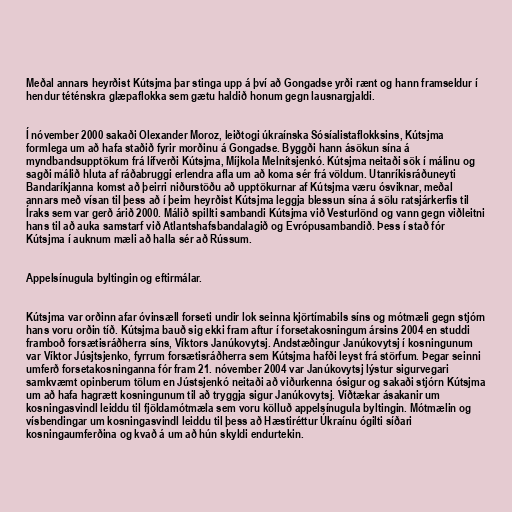
Meðal annars heyrðist Kútsjma þar stinga upp á því að Gongadse yrði rænt og hann framseldur í
hendur téténskra glæpaflokka sem gætu haldið honum gegn lausnargjaldi.

Í nóvember 2000 sakaði Olexander Moroz, leiðtogi úkraínska Sósíalistaflokksins, Kútsjma
formlega um að hafa staðið fyrir morðinu á Gongadse. Byggði hann ásökun sína á
myndbandsupptökum frá lífverði Kútsjma, Míjkola Melnítsjenkó. Kútsjma neitaði sök í málinu og
sagði málið hluta af ráðabruggi erlendra afla um að koma sér frá völdum. Utanríkisráðuneyti
Bandaríkjanna komst að þeirri niðurstöðu að upptökurnar af Kútsjma væru ósviknar, meðal
annars með vísan til þess að í þeim heyrðist Kútsjma leggja blessun sína á sölu ratsjárkerfis til
Íraks sem var gerð árið 2000. Málið spillti sambandi Kútsjma við Vesturlönd og vann gegn viðleitni
hans til að auka samstarf við Atlantshafsbandalagið og Evrópusambandið. Þess í stað fór
Kútsjma í auknum mæli að halla sér að Rússum.

Appelsínugula byltingin og eftirmálar.

Kútsjma var orðinn afar óvinsæll forseti undir lok seinna kjörtímabils síns og mótmæli gegn stjórn
hans voru orðin tíð. Kútsjma bauð sig ekki fram aftur í forsetakosningum ársins 2004 en studdi
framboð forsætisráðherra síns, Víktors Janúkovytsj. Andstæðingur Janúkovytsj í kosningunum
var Víktor Júsjtsjenko, fyrrum forsætisráðherra sem Kútsjma hafði leyst frá störfum. Þegar seinni
umferð forsetakosninganna fór fram 21. nóvember 2004 var Janúkovytsj lýstur sigurvegari
samkvæmt opinberum tölum en Jústsjenkó neitaði að viðurkenna ósigur og sakaði stjórn Kútsjma
um að hafa hagrætt kosningunum til að tryggja sigur Janúkovytsj. Víðtækar ásakanir um
kosningasvindl leiddu til fjöldamótmæla sem voru kölluð appelsínugula byltingin. Mótmælin og
vísbendingar um kosningasvindl leiddu til þess að Hæstiréttur Úkraínu ógilti síðari
kosningaumferðina og kvað á um að hún skyldi endurtekin.